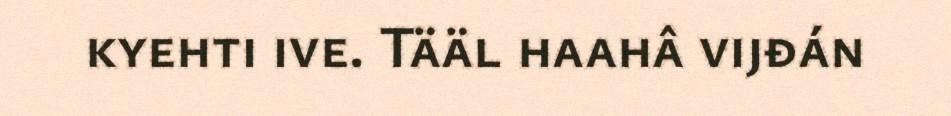
kyehti ive. Tääl haahâ vijđán